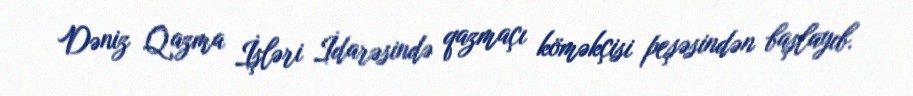
Dəniz Qazma İşləri İdarəsində qazmaçı köməkçisi peşəsindən başlayıb.